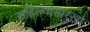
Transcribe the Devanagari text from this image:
राहिल्यासारखा